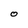
Character: 0